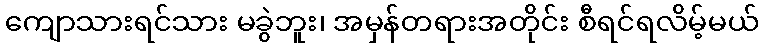
ကျောသားရင်သား မခွဲဘူး၊ အမှန်တရားအတိုင်း စီရင်ရလိမ့်မယ်